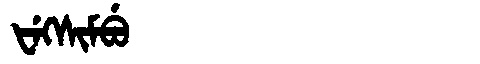
Manchu: ᡶᡝᡴᠰᡳᠮᠪᡠ
Romanization: FEKSIMBU